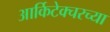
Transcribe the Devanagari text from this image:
आर्किटेक्चरच्या